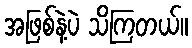
အဖြစ်နဲ့ပဲ သိကြတယ်။